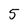
Character: 5